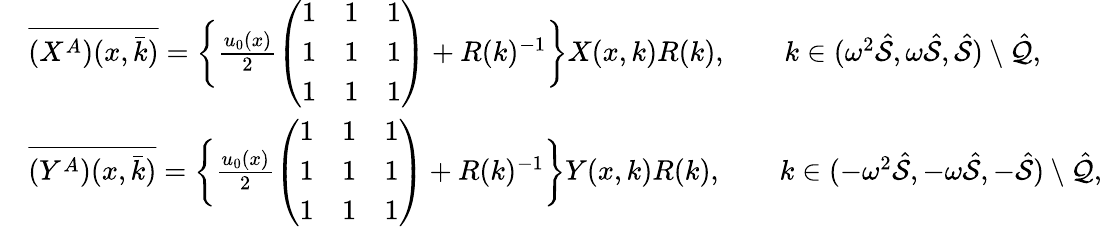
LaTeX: \begin{array}{rl}&{\overline{{(X^{A})(x,\bar{k})}}=\bigg\{ \frac{u_{0}(x)}{2}\left(\begin{array}{lll}{1}&{1}&{1}\\ {1}&{1}&{1}\\ {1}&{1}&{1}\end{array}\right)+R(k)^{-1}\bigg\} X(x,k)R(k),\qquad k\in(\omega^{2}\hat{\mathcal{S}},\omega\hat{\mathcal{S}},\hat{\mathcal{S}})\setminus\hat{\mathcal{Q}},}\\ &{\overline{{(Y^{A})(x,\bar{k})}}=\bigg\{ \frac{u_{0}(x)}{2}\left(\begin{array}{lll}{1}&{1}&{1}\\ {1}&{1}&{1}\\ {1}&{1}&{1}\end{array}\right)+R(k)^{-1}\bigg\} Y(x,k)R(k),\qquad k\in(-\omega^{2}\hat{\mathcal{S}},-\omega\hat{\mathcal{S}},-\hat{\mathcal{S}})\setminus\hat{\mathcal{Q}},}\end{array}